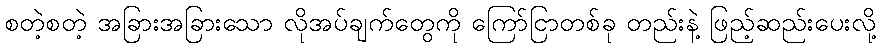
စတဲ့စတဲ့ အခြားအခြားသော လိုအပ်ချက်တွေကို ကြော်ငြာတစ်ခု တည်းနဲ့ ဖြည့်ဆည်းပေးလို့